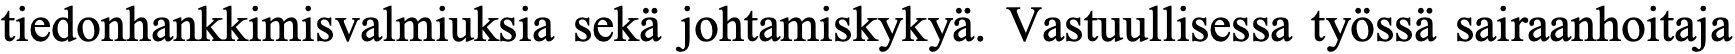
tiedonhankkimisvalmiuksia sekä johtamiskykyä. Vastuullisessa työssä sairaanhoitaja